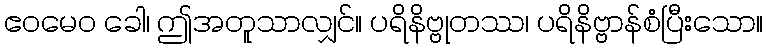
ဧဝမေဝ ခေါ၊ ဤအတူသာလျှင်။ ပရိနိဗ္ဗုတဿ၊ ပရိနိဗ္ဗာန်စံပြီးသော။